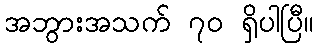
အဘွားအသက် ၇၀ ရှိပါပြီ။